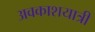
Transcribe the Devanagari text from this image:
अवकाशयात्री